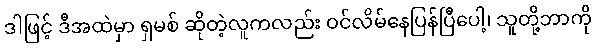
ဒါဖြင့် ဒီအထဲမှာ ရှမစ် ဆိုတဲ့လူကလည်း ဝင်လိမ်နေပြန်ပြီပေါ့၊ သူတို့ဘာကို